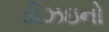
ડીઝઇનો